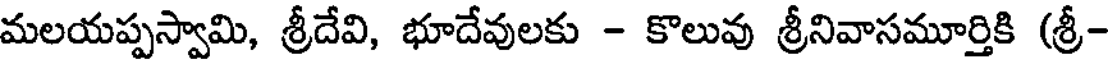
మలయప్పస్వామి, శ్రీదేవి, భూదేవులకు - కొలువు శ్రీనివాసమూర్తికి (శ్రీ-